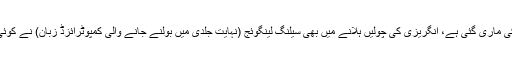
اب تو جس قدر جڑ اُردو کی ماری گئی ہے، انگریزی کی چولیں ہلانے میں بھی سیلنگ لینگوئج (نہایت جلدی میں بولنے جانے والی کمپوٹرائزڈ زبان) نے کوئی کم کسر نہیں اٹھا رکھی۔